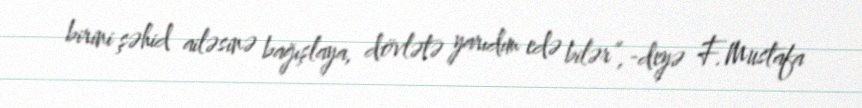
birini şəhid ailəsinə bağışlaya, dövlətə yarıdım edə bilər”,-deyə F.Mustafa